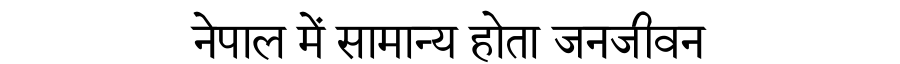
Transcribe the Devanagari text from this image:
नेपाल में सामान्य होता जनजीवन